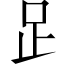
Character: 𧾷